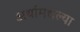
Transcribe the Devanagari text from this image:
अर्थामधल्या